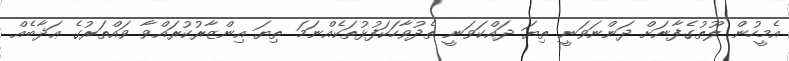
އެމީހުން ލޫޠުގެފާނަށް ދަންނަވަނީ ތިޔަ ދައްކަވަނީ ތެދުވާހަކަފުޅުތަކެއްނަމަ ތިޔަ އިންޒާރުކުރައްވާ ވައްތަރުގެ ޢަޛާބެއް